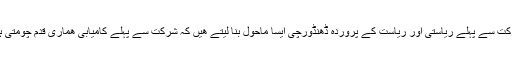
شرکت سے پہلے ریاستی اور ریاست کے پروردہ ڈھنڈورچی ایسا ماحول بنا لیتے ھیں کہ شرکت سے پہلے کامیابی ھماری قدم چومتی ہے۔